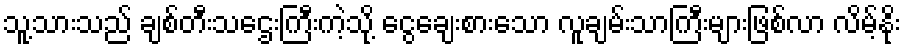
သူ့သားသည် ချစ်တီးသဌေးကြီးကဲ့သို့ ငွေချေးစားသော လူချမ်းသာကြီးများဖြစ်လာ လိမ့်နိုး